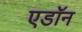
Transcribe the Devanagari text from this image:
एडॉन